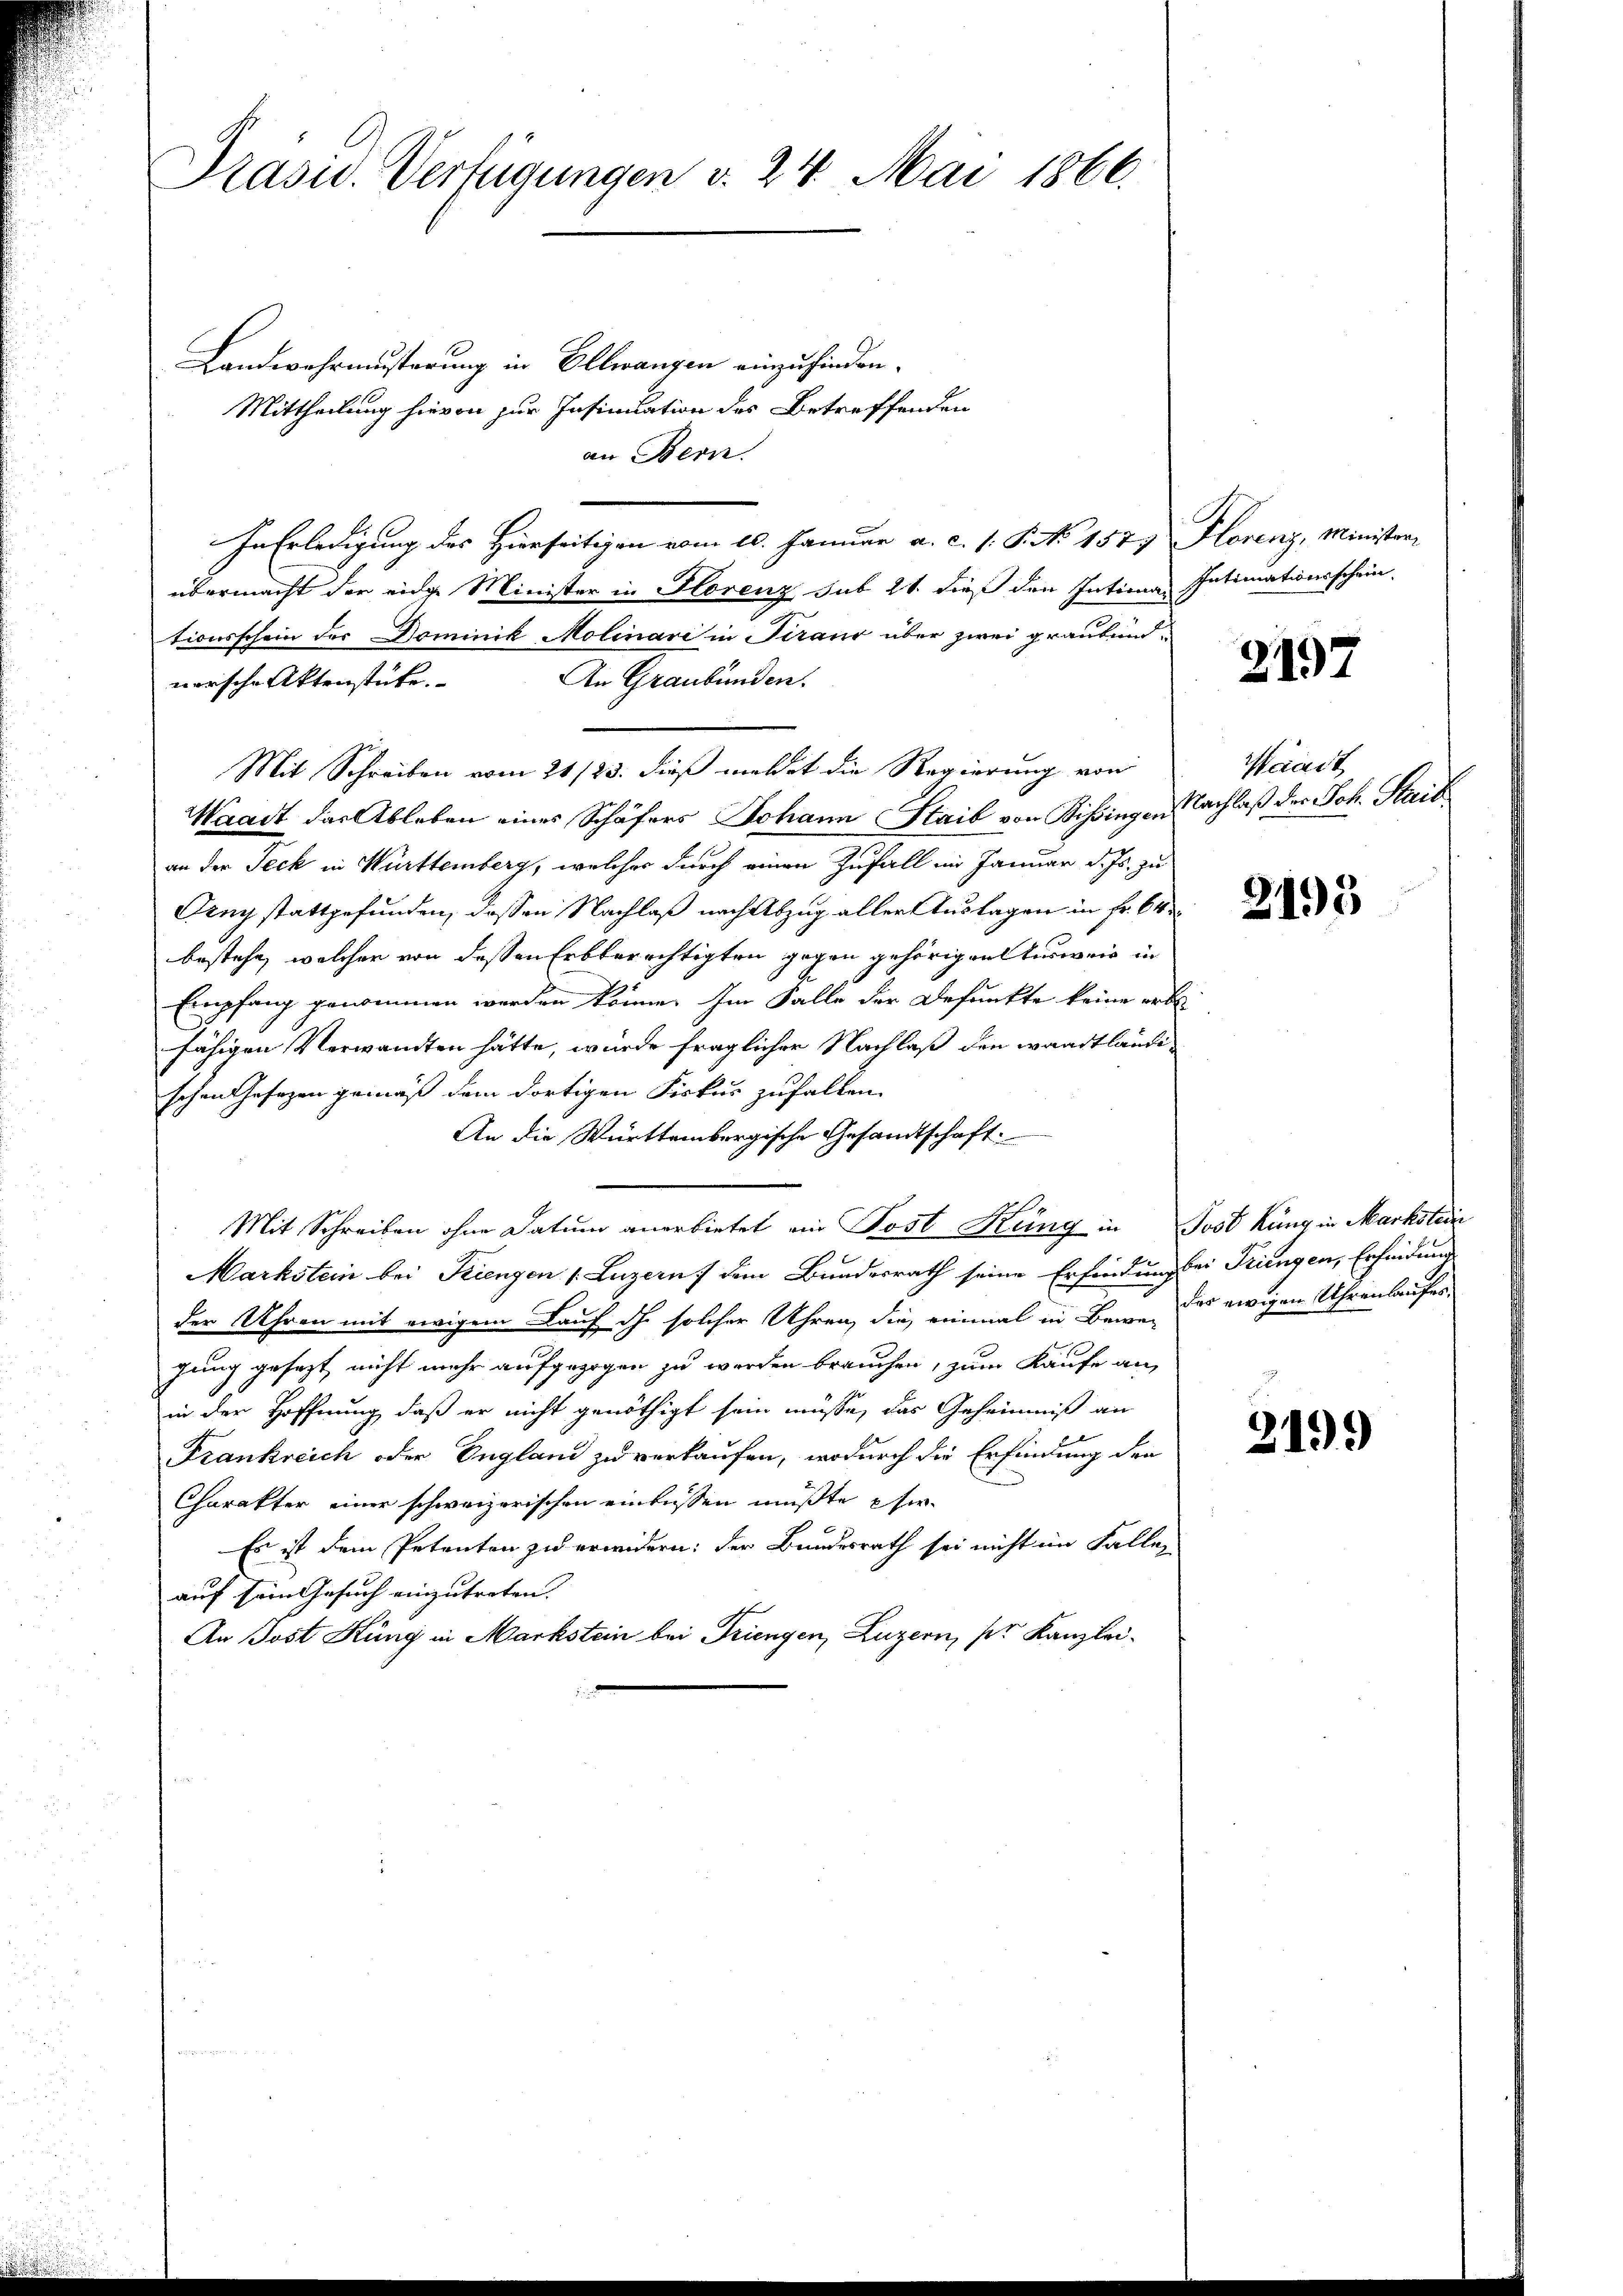
Prasiv. Verfügungen v. 24. Mai 1866.

Landwehrmusterung in Ellwangen einzufinden.
Mittheilung hievon zur Insinuation des Betreffenden
an Bern.
In Erledigung des Hierseitigen vom 10. Januar a. c. s. S. No. 1577 Florenz, Minister
übermacht der eine Minister in Florenz sub 21 dieß den Inticar Intimationsschein-
tionsschein der Dominik Molinari in Franz über zwei grautend¬
An Graubünden.
norsche Aktenstücke.
Mit Schreiben vom 21/23. dieß meldet die Regierung von
Waadt das Ableben eines Schäfers Johann Staib von Schingen Nachlaß der Joh. Stail
an der Jeck in Württemberg, welches durch einen Zufall im Januar d. Js. zu
Ging stattgefunden, dessen Nachlaß nach Abzug aller Auslagen in Fr. 64
bestehe, welcher von dessen Erbberechtigten gegen gehörigenterweis in
Empfang genommen werden könne. Im Falle der Defunkte keine erbe
fähigen Verwandten hätte, wurde fraglicher Nachlaß den waadtländischen Gesezen gemäß dem dortigen Fiskus zufallen.
An die Württembergische Gesandtschaft:
Mit Schreiben ohne Datum anerbietet ein Post Küng in Post kung in Markstein
Markstein bei Trienzen (Luzern dem Bundesrath seine Erfindung sei Triengen, Erfindung
der Uhren mit ewigem Lauf dh. solcher Uhren, die, einmal in Berne das ewigen Uhrenlaufes.
gung gesezt, nicht mehr aufgezogen zu werden brauchen, zum Kaufe an
in der Hoffnung, daß er nicht genöthigt sein müsse, das Geheimniß an
Frankreich oder England zu verkaufen, wodurch die Erfindung der
Charakter einer schweizerischen einlassen müßte eher
Es ist dem Petenten zu erwidern: der Bundesrath sei nicht im Fallen
auf sein Gesuch einzutreten. |
An Post Küng in Markstein bei Triengen, Luzern, pr Kanzlei-

2197

Werait

2193

2199